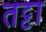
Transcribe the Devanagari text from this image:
तट्टा